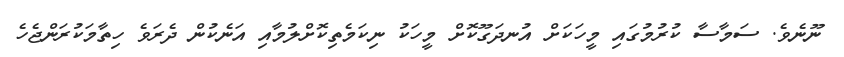
ނޫނެވެ. ސަމާސާ ކުރުމުގައި މީހަކަށް އުނދަގޫކޮށް މީހަކު ނިކަމެތިކޮށްލުމާއި އަނެކުން ދެރަވެ ހިތާމަކުރަންޖެހެ